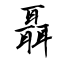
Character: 聶